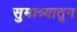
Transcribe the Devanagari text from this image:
सुमात्र्यातून